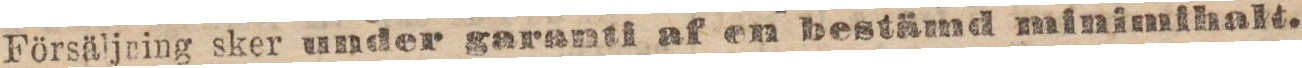
Försäljning sker under garanti af en bestämd minimihalt.